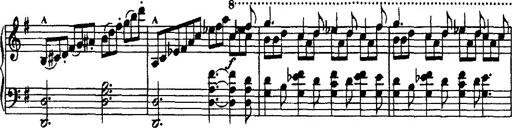
Title: Rondo di bravura
Composer: Franz Liszt